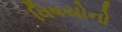
વિષયોનો